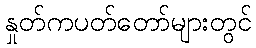
နှုတ်ကပတ်တော်များတွင်